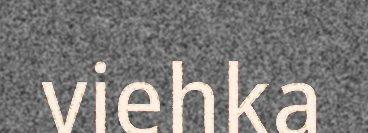
viehka